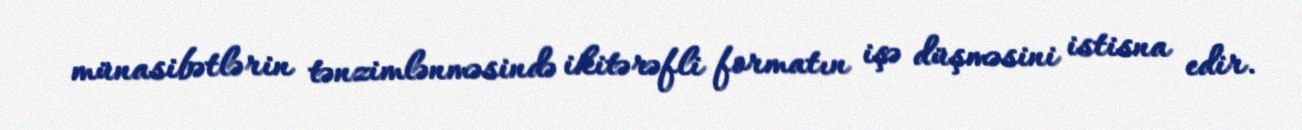
münasibətlərin tənzimlənməsində ikitərəfli formatın işə düşməsini istisna edir.